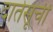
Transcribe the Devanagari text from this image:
दातेसूची